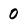
Character: 0